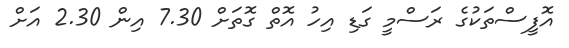
އޮފީސްތަކުގެ ރަސްމީ ގަޑި އިހު އޮތް ގޮތަށް 7.30 އިން 2.30 އަށް